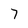
Character: 7